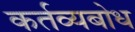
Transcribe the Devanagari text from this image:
कर्तव्यबोध